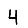
Digit: 4